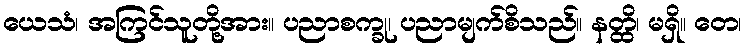
ယေသံ၊ အကြင်သူတို့အား။ ပညာစက္ခု၊ ပညာမျက်စိသည်။ နတ္ထိ၊ မရှိ။ တေ၊